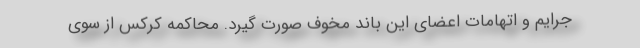
جرایم و اتهامات اعضای این باند مخوف صورت گیرد. محاکمه کرکس از سوی